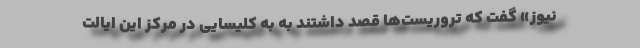
نیوز» گفت که تروریست‌ها قصد داشتند به به کلیسایی در مرکز این ایالت